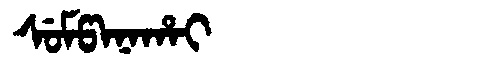
Manchu: ᠰᡠᠮᡦᠠᠨᠠᡥᠠᡳ
Romanization: SUMPANAHAI